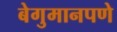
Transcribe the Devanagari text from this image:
बेगुमानपणे